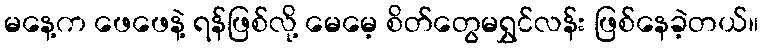
မနေ့က ဖေဖေနဲ့ ရန်ဖြစ်လို့ မေမေ့ စိတ်တွေမရွှင်လန်း ဖြစ်နေခဲ့တယ်။